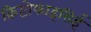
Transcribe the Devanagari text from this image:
क्रिप्टोफाइसिई